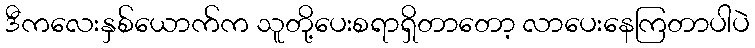
ဒီကလေးနှစ်ယောက်က သူတို့ပေးစရာရှိတာတော့ လာပေးနေကြတာပါပဲ